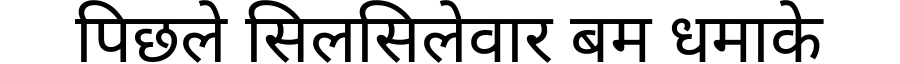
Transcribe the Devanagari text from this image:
पिछले सिलसिलेवार बम धमाके